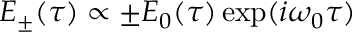
E _ { \pm } ( \tau ) \propto \pm E _ { 0 } ( \tau ) \exp ( i \omega _ { 0 } \tau )